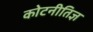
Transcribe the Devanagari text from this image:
कोटनीतिज्ञ